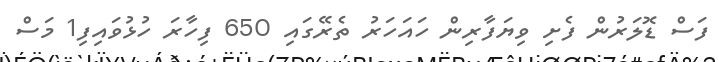
ފަސް ޑޮލަރުން ފެށި ވިޔަފާރިން ހައަހަރު ތެރޭގައި 650 ފިހާރަ ހުޅުވައިފި1 މަސް